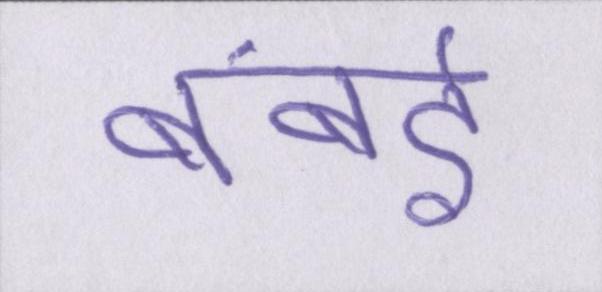
बंबई